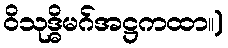
ဝိသုဒ္ဓိမဂ်အဋ္ဌကထာ။)